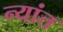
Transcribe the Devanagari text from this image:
न्यांत